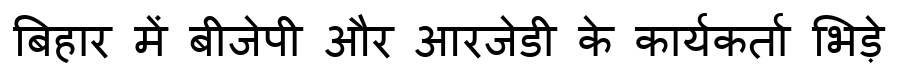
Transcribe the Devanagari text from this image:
बिहार में बीजेपी और आरजेडी के कार्यकर्ता भिड़े